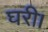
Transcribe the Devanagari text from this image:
घरी।